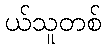
ယ်သူတစ်